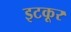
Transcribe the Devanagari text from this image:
इटकूर